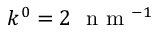
k ^ { 0 } = 2 ~ \mathrm { ~ n ~ m ~ } ^ { - 1 }